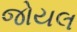
જોયલ